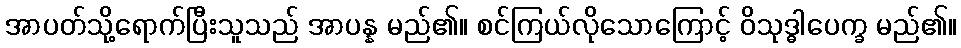
အာပတ်သို့ရောက်ပြီးသူသည် အာပန္န မည်၏။ စင်ကြယ်လိုသောကြောင့် ဝိသုဒ္ဓါပေက္ခ မည်၏။